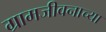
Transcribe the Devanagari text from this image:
ग्रामजीवनाच्या